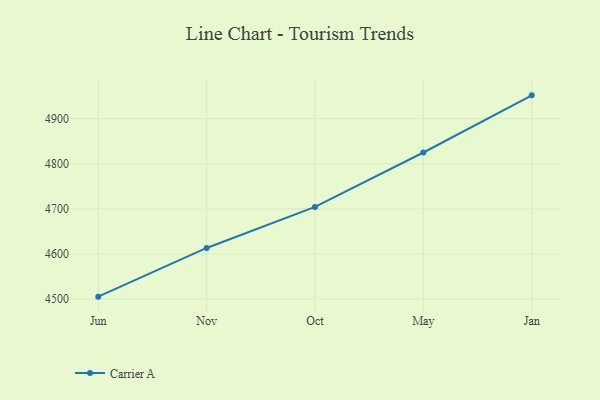
{"axis": {"x": "Month", "y": "Active Users"}, "legend": ["Carrier A"], "data": [{"x": "Jun", "y": 4505.5, "type": "Carrier A"}, {"x": "Nov", "y": 4613.5, "type": "Carrier A"}, {"x": "Oct", "y": 4704.4, "type": "Carrier A"}, {"x": "May", "y": 4825.1, "type": "Carrier A"}, {"x": "Jan", "y": 4951.8, "type": "Carrier A"}]}